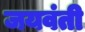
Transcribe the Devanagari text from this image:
जयवंती